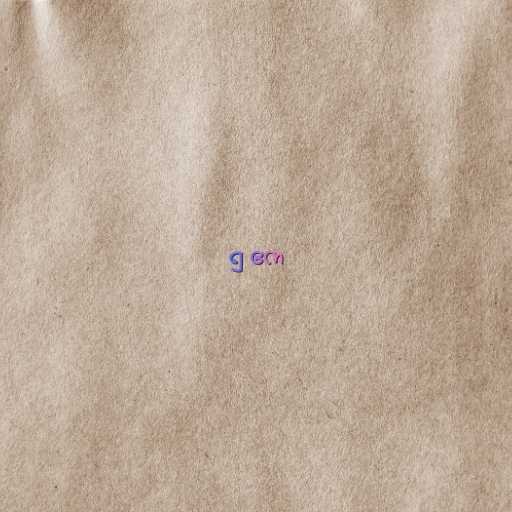
၅ ဧက